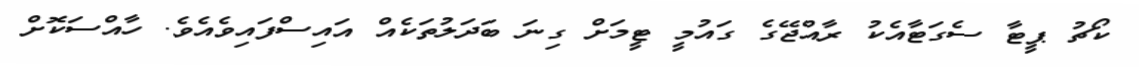
ކޯޗު ޕީޓާ ސެގަޓާއެކު ރާއްޖޭގެ ގައުމީ ޓީމަށް ގިނަ ބަދަލުތަކެއް އައިސްފައިވެއެވެ. ހާއްސަކޮށް